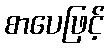
စာပေဖြင့်